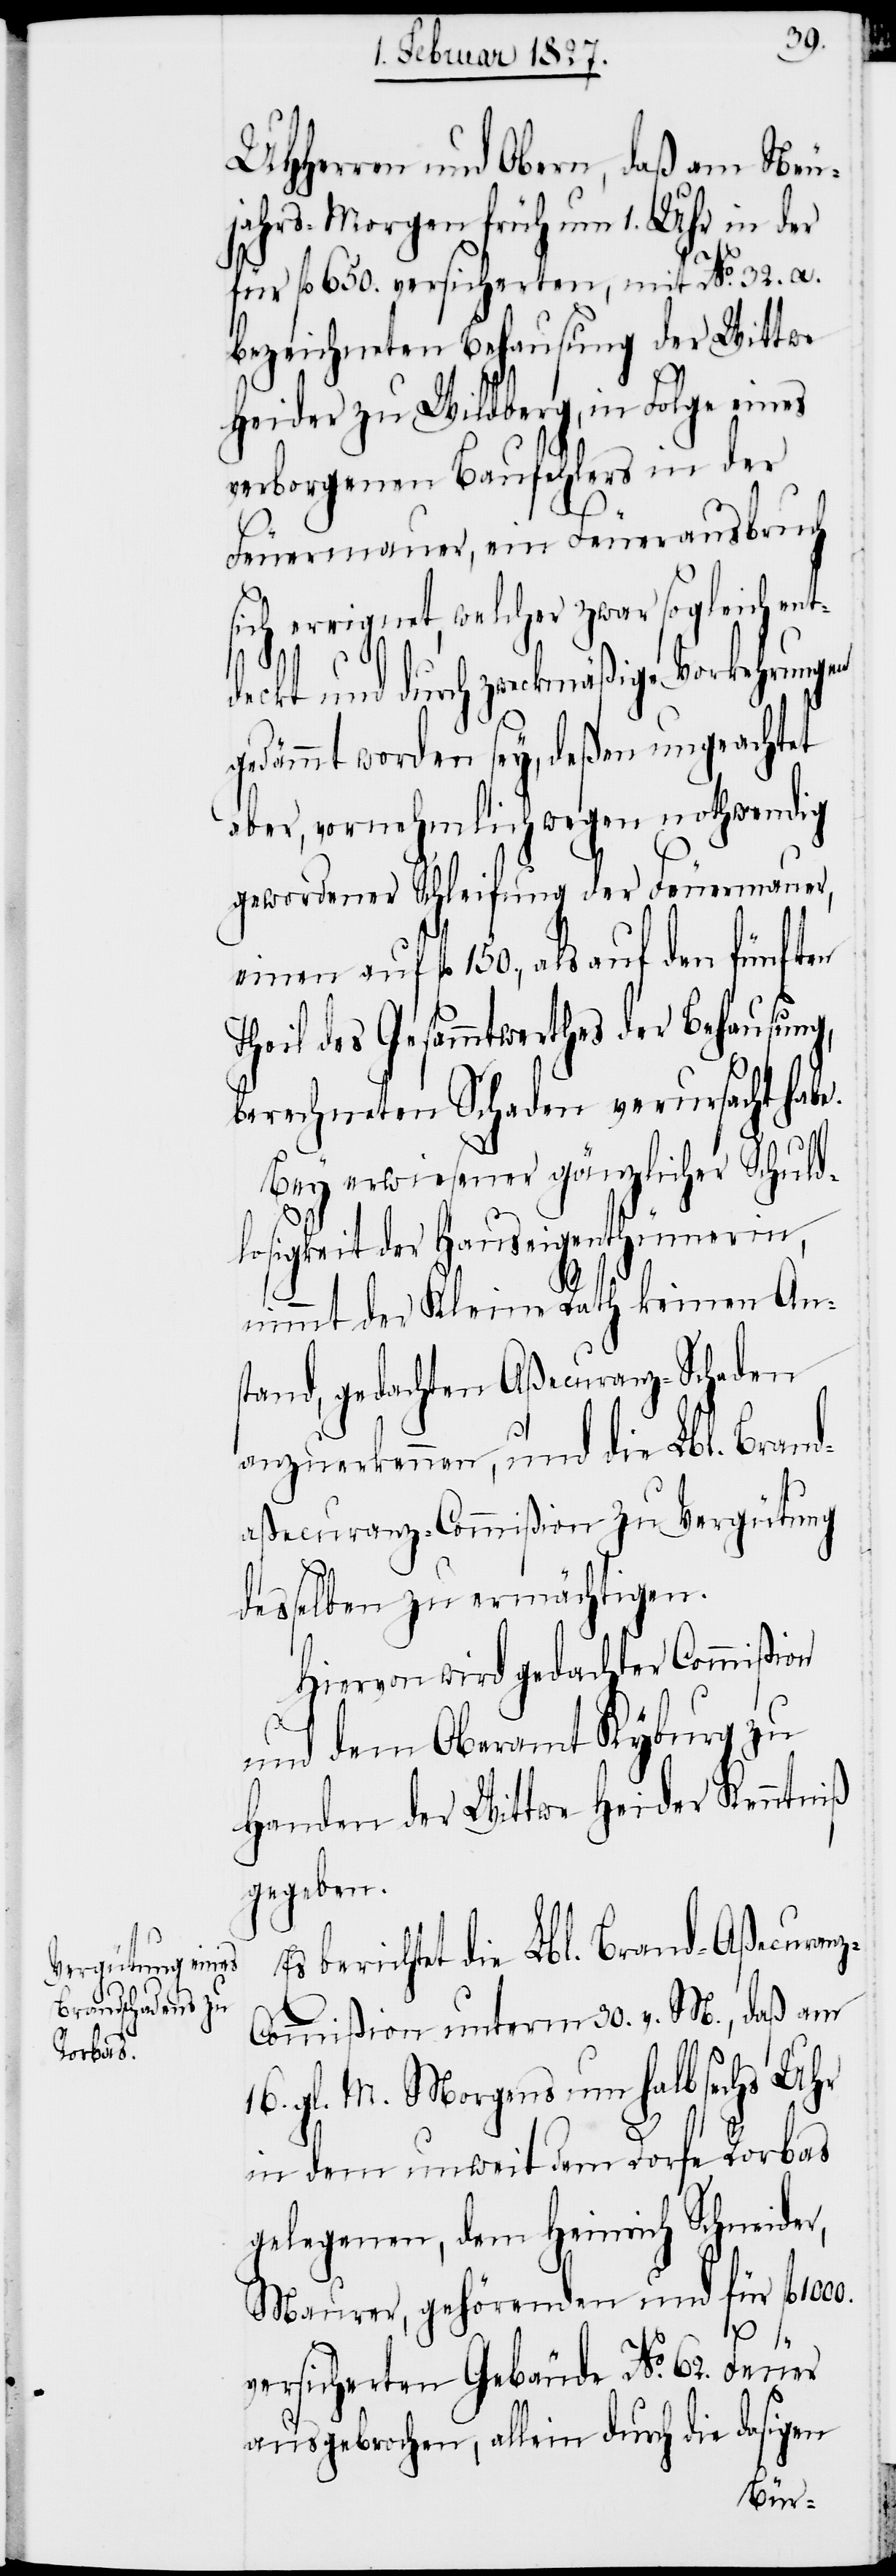
UHHerren und Obern, daß am Neu¬
jahrs-Morgen früh um 1. Uhr in der
für fl. 650. versicherten, mit No 32. a.
bezeichneten Behausung der Wittwe
Heider zu Wildberg, in Folge eines
verborgenen Baufehlers in der
Feuermauer, ein Feuerausbruch
sich ereignet, welcher zwar sogleich ent¬
z-C¬
deckt und durch zweckmäßige Vorkehrungen
gedämmt worden sey, deßen ungeachtet
aber, vornehmlich wegen nothwendig
gewordener Schleifung der Feuermauer,
einen auf fl. 150., als auf den fünften
Theil des Gesammtwerthes der Behausung,
berechneten Schaden verursacht habe.
Bey erwiesener gänzlicher Schuld¬
losigkeit der Hauseigenthümerin,
nimmt der Kleine Rath keinen An¬
stand, gedachten Aßecuranz-Schaden
anzuerkennen, und die Lbl. Brand¬
aßecuranz-Commißion zu Vergütung
desselben zu ermächtigen.
Hiervon wird gedachter Commißion
und dem Oberamt Kyburg zu
Handen der Wittwe Heider Kenntniß
gegeben.
Es berichtet die Lbl. Brand-Aßecuran¬
ommißion unterm 30. v. M., daß am
16. gl. M. Morgens um halb sechs Uhr
in dem unweit dem Dorfe Rorbas
gelegenen, dem Heinrich Schneider,
Maurer, gehörenden und für fl.
versicherten Gebäude No. 62. Feuer
ausgebrochen, allein durch die dasigen